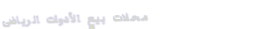
محلات بيع الأدوات الرياضي